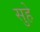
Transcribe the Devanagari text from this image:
सुहे